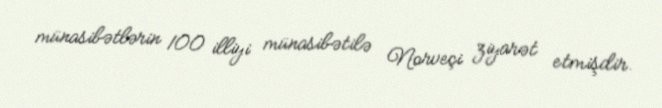
münasibətlərin 100 illiyi münasibətilə Norveçi ziyarət etmişdir.